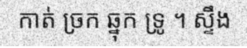
កាត់ ច្រក ឆ្នុក ទ្រូ ។ ស្ទឹង